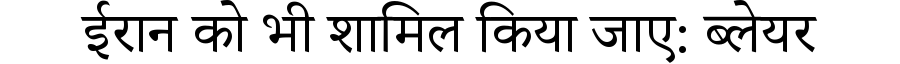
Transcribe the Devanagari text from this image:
ईरान को भी शामिल किया जाए: ब्लेयर